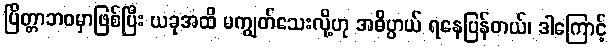
ပြိတ္တာဘဝမှာဖြစ်ပြီး ယခုအထိ မကျွတ်သေးလို့ဟု အဓိပ္ပာယ် ရနေပြန်တယ်၊ ဒါကြောင့်